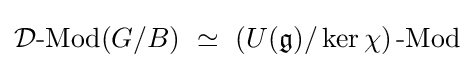
{\mathcal {D}}{\text{-Mod}}(G/B)\ \simeq \ \left(U({\mathfrak {g}})/\ker \chi \right){\text{-Mod}}